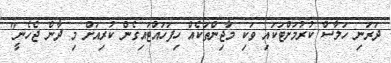
ދަރަނި ހަލާސް ކުރުމަށްޓަކައި ވަކި މާޖިންތަކެއް ހިފަހައްޓައިގެން ކުރިއަށް މި ދާން ޖެހެނީ"